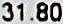
31.80